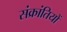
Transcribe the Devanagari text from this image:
संक्रांतियों